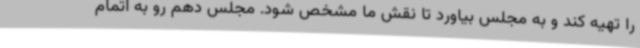
را تهیه کند و به مجلس بیاورد تا نقش ما مشخص شود. مجلس دهم رو به اتمام